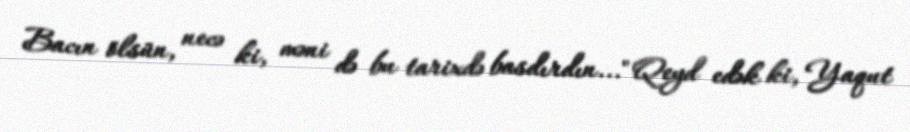
Bacın ölsün, necə ki, məni də bu tarixdə basdırdın..." Qeyd edək ki, Yaqut